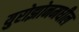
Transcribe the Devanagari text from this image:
युरोझोनमधील